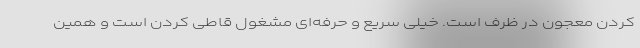
کردن معجون در ظرف است. خیلی سریع و حرفه‌ای مشغول قاطی کردن است و همین